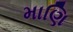
માણિ